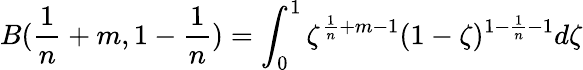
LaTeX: B(\frac{1}{n}+m,1-\frac{1}{n})=\int_{0}^{1}\zeta^{\frac{1}{n}+m-1}(1-\zeta)^{1-\frac{1}{n}-1}d\zeta